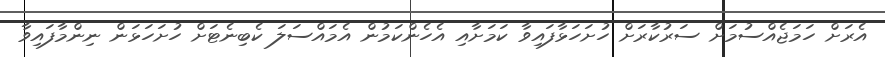
އެރަށް ހަމަޖެއްސުމަށް ސަރުކާރަށް ހުށަހަޅާފައިވާ ކަމަށާއި އެހެންކަމުން އެމައްސަލަ ކެބިނެޓަށް ހުށަހަޅަން ނިންމާފައިވާ